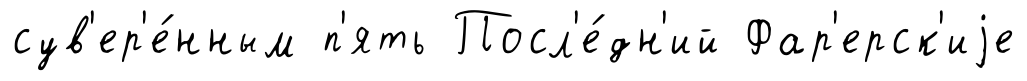
сув'ер'е́нным п'ять Посл'е́дн'ий Фар'ерск'иjе